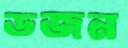
ডজন